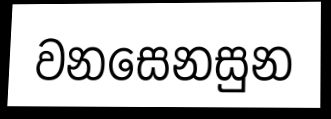
වනසෙනසුන